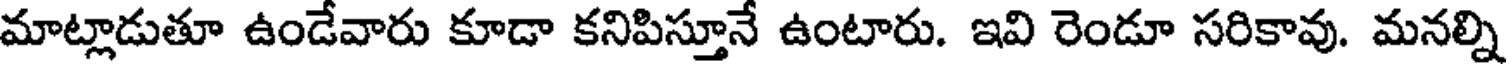
మాట్లాడుతూ ఉండేవారు కూడా కనిపిస్తూనే ఉంటారు. ఇవి రెండూ సరికావు. మనల్ని